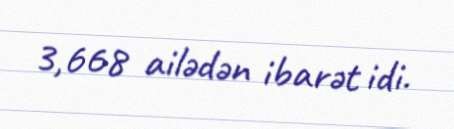
3,668 ailədən ibarət idi.